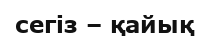
сегiз – қайық